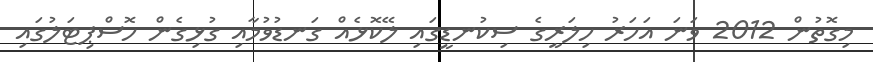
މިގޮތުން 2012 ވަނަ އަހަރު ހިލަރީގެ ސިކުނޑީގައި ލޭކޮޅެއް ގަނޑުވުމާއި ގުޅިގެން ހޮސްޕިޓަލުގައި